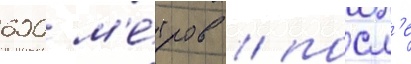
600 м'е́тров / посл'е